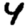
Digit: 4